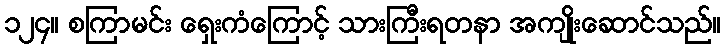
၁၂၄။ စကြာမင်း ရှေးကံကြောင့် သားကြီးရတနာ အကျိုးဆောင်သည်။